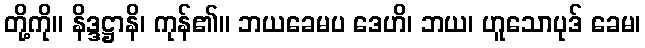
တို့ကို။ နိဒ္ဒဋ္ဌာနိ၊ ကုန်၏။ ဘယခေမပ ဒေဟိ၊ ဘယ၊ ဟူသောပုဒ် ခေမ၊